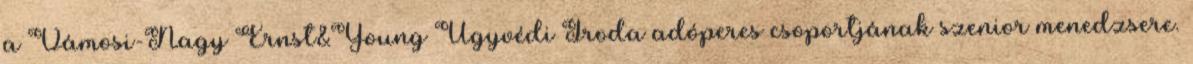
a Vámosi-Nagy Ernst&Young Ügyvédi Iroda adóperes csoportjának szenior menedzsere.